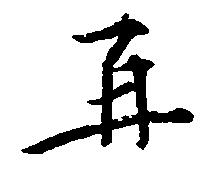
再